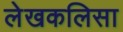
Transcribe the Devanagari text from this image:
लेखकलिसा